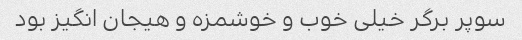
سوپر برگر خیلی خوب و خوشمزه و هیجان انگیز بود